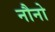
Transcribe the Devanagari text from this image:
नौनो